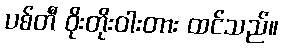
ပစ်တီ ဝိုးတိုးဝါးတား ထင်သည်။